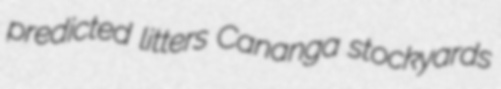
predicted litters Cananga stockyards